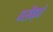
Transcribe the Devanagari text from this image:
परीक्षे